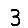
Digit: 3